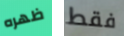
ظهره فقط